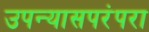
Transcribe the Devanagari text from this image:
उपन्यासपरंपरा